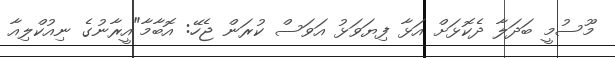
މޫސުމީ ބަދަލާ ދެކޮޅަށް އަޅާ ފިޔަވަޅު އަވަސް ކުރަން ޖެހޭ: އޮބާމާ"އީރާނުގެ ނިއުކްލިއާ